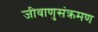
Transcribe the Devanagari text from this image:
जीवाणुसंक्रमण